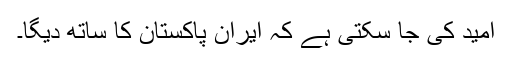
امید کی جا سکتی ہے کہ ایران پاکستان کا ساتھ دیگا۔